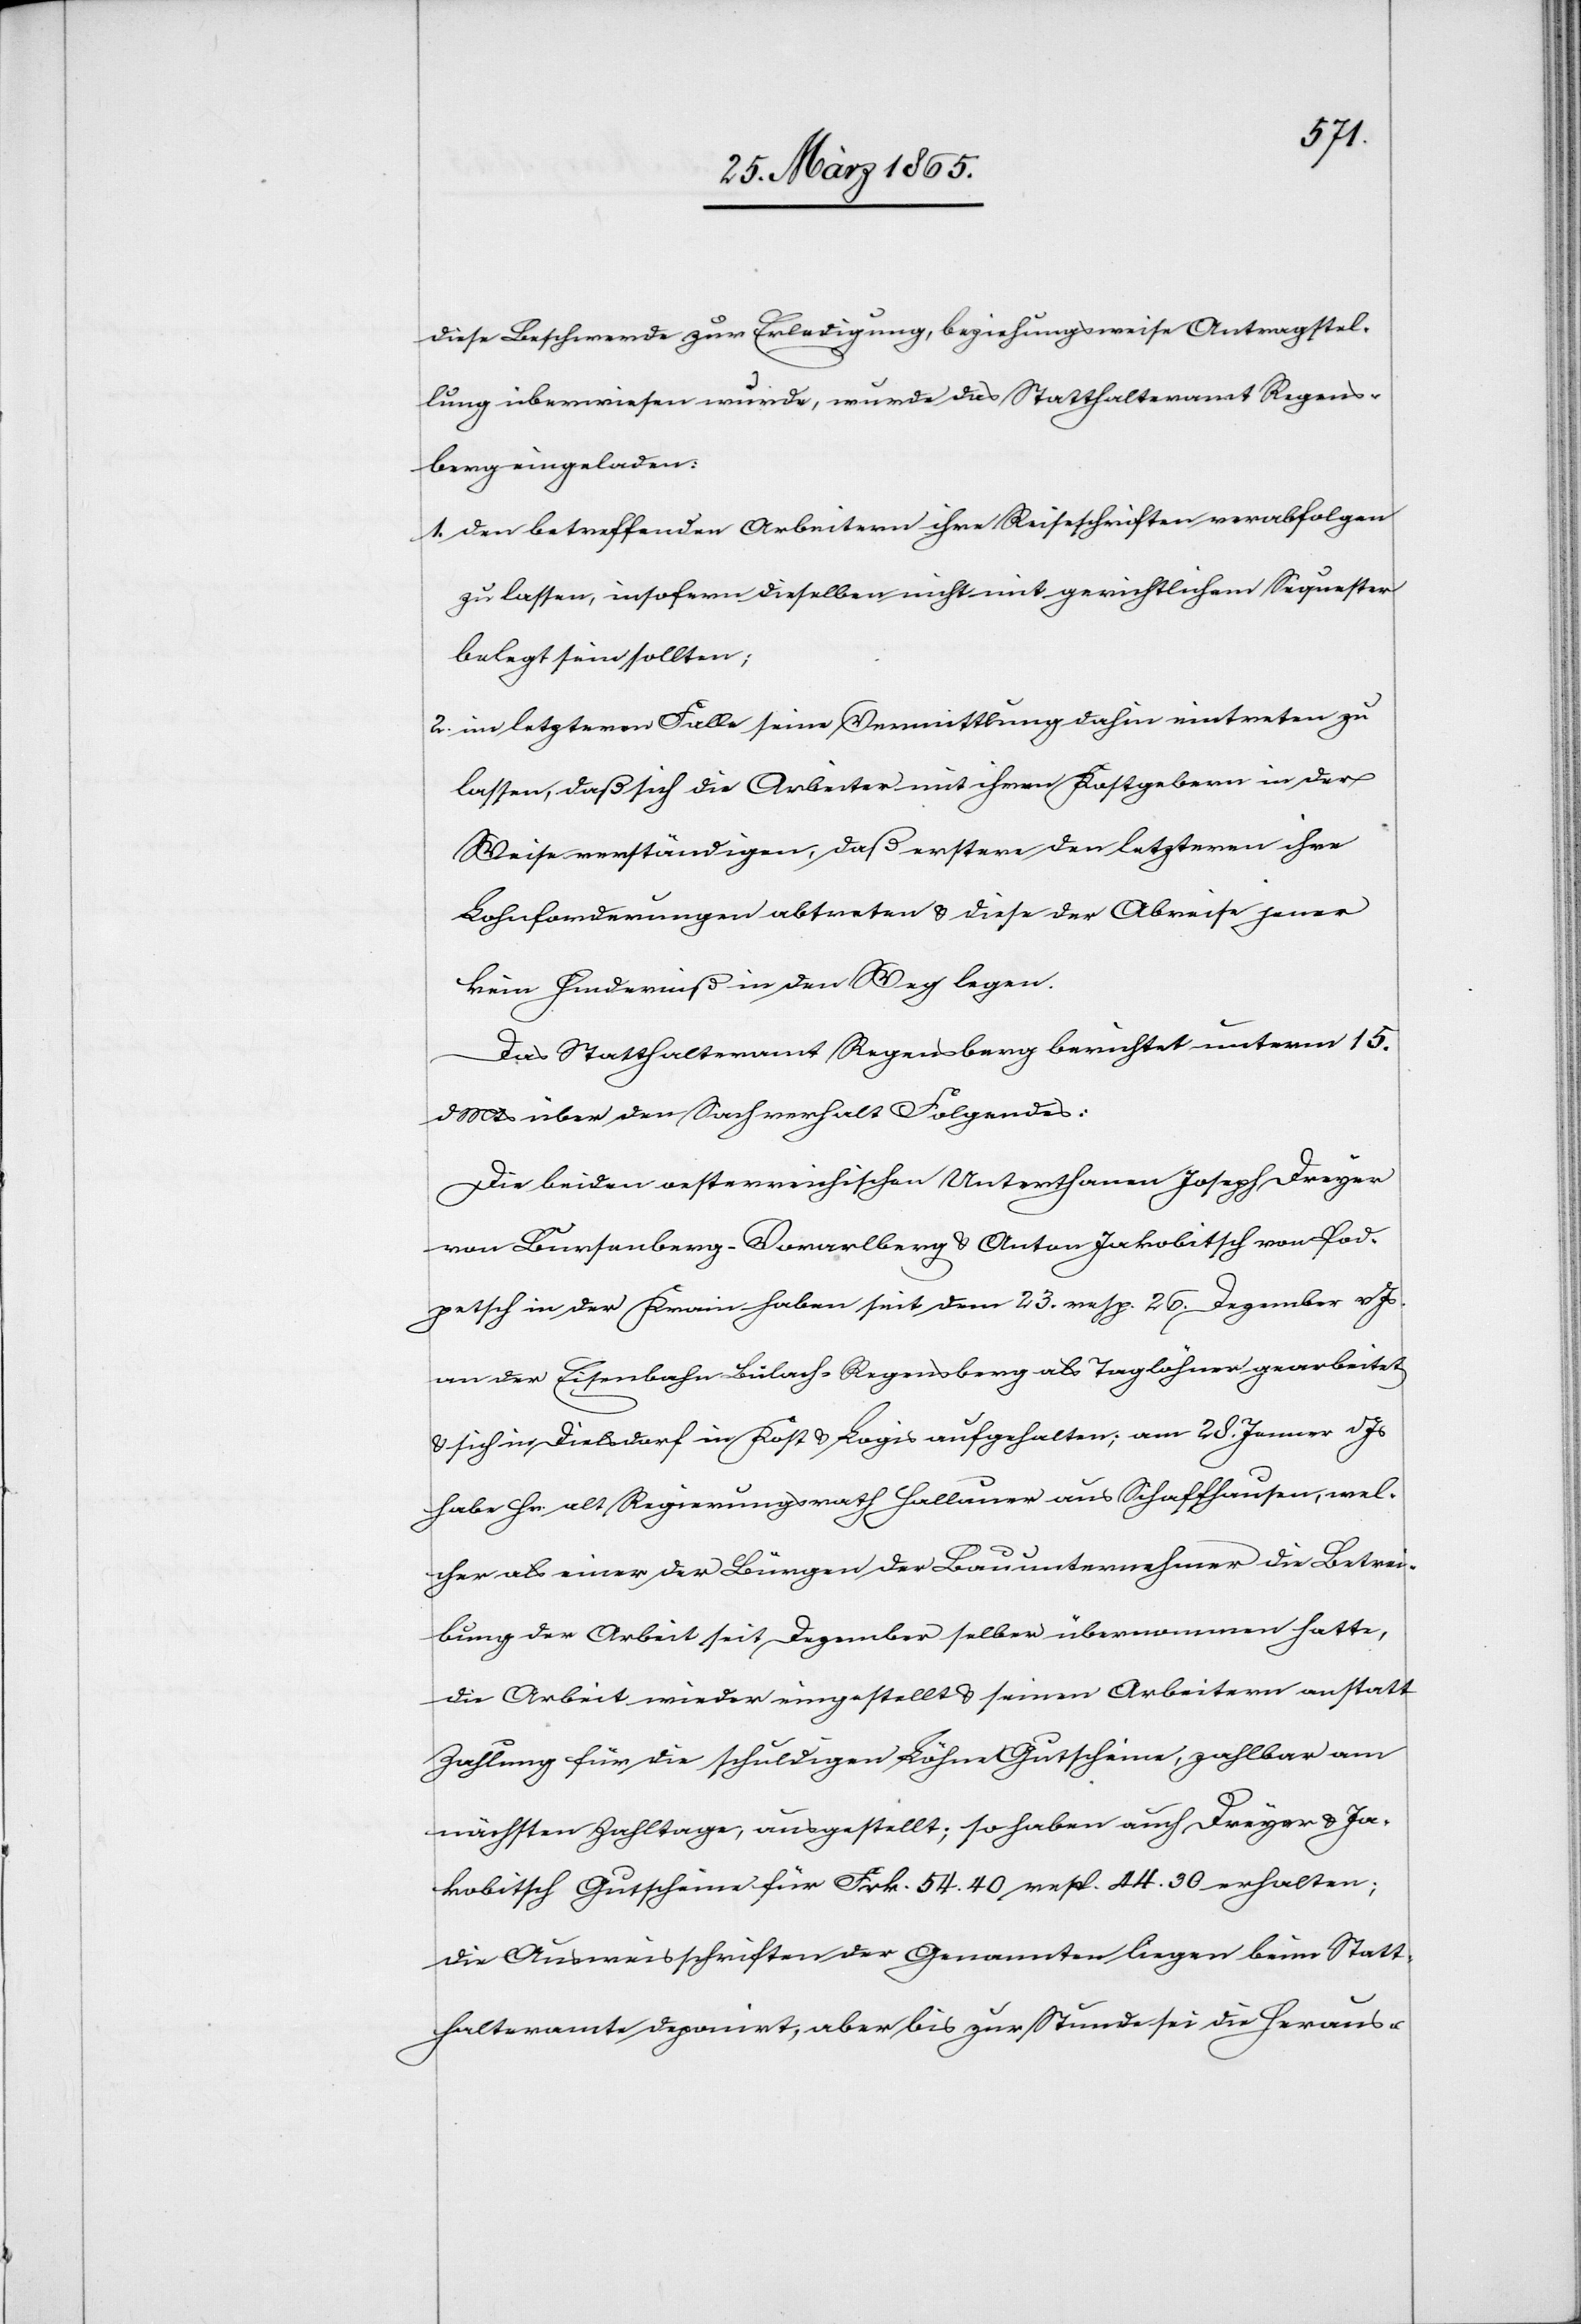
diese Beschwerde zur Erledigung, beziehungsweise Antragstel¬
lung überwiesen wurde, wurde das Statthalteramt Regens¬
berg eingeladen:
1. den betreffenden Arbeitern ihre Reiseschriften verabfolgen
zu lassen insofern dieselben nicht mit gerichtlichem Sequester
belegt sein sollten;
2. im letzteren Falle seine Vermittlung dahin eintreten zu
lassen, daß sich die Arbeiter mit ihren Kostgebern in der
Weise verständigen, daß erstere den letzteren ihre
Lohnforderungen abtreten & diese der Abreise jener
kein Hinderniß in den Weg legen.
Das Statthalteramt Regensberg berichtet unterm 15.
d Mts über den Sachverhalt Folgendes:
Die beiden oesterreichischen Unterthanen Joseph Dreyer
von Bursenberg-Vorarlberg & Anton Jakobitsch von Pod¬
petsch in der Krain haben seit dem 23. resp. 26. Dezember v Js.
an der Eisenbahn Bülach-Regensberg als Taglöhner gearbeitet
& sich in Dielsdorf in Kost & Logis aufgehalten; am 28. Jenner d Js
habe Hr. alt Regierungsrath Hallauer aus Schaffhausen, wel¬
cher als einer der Bürgen der Bauunternehmer die Betrei¬
bung der Arbeit seit Dezember selber übernommen hatte,
die Arbeit wieder eingestellt & seinen Arbeitern anstatt
Zahlung für die schuldigen Löhne Gutscheine, zahlbar am
nächsten Zahltage, ausgestellt; so haben auch Dreyer & Ja¬
kobitsch Gutscheine für Frk. 54. 40 resp. 44. 30 erhalten;
die Ausweisschriften der Genannten liegen beim Statt¬
halteramte deponirt, aber bis zur Stunde sei die Heraus-